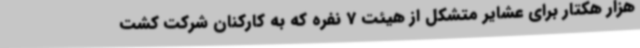
هزار هکتار برای عشایر متشکل از هیئت 7 نفره که به کارکنان شرکت کشت